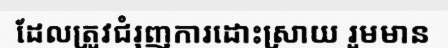
ដែលត្រូវជំរុញការដោះស្រាយ រួមមាន